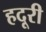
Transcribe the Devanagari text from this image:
हदूरी